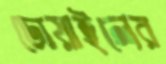
ডোয়াইলের